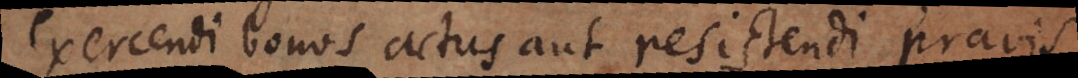
exercendi bonos actus aut resistendi pravis,